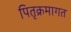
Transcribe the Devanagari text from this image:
पितृक्रमागत